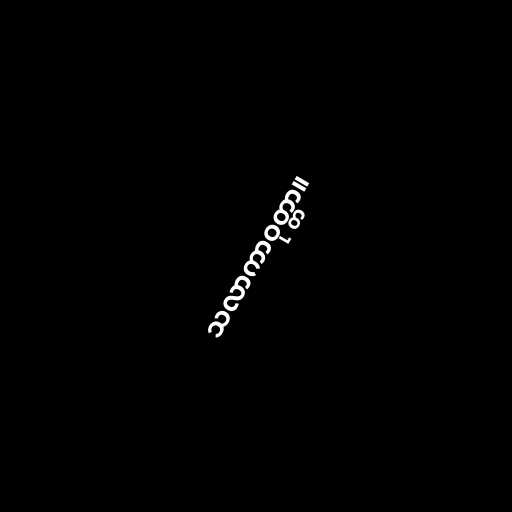
သလာကာဝုတ္တာ။